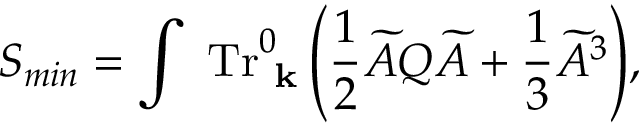
\displaystyle { S _ { m i n } = \int \ { \mathrm { T r } } _ { \mathrm { \bf ~ { k } } } ^ { 0 } \left( \frac { 1 } { 2 } \widetilde { { \cal A } } Q \widetilde { { \cal A } } + \frac { 1 } { 3 } \widetilde { { \cal A } } ^ { 3 } \right) } ,